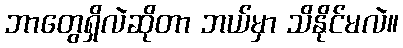
ဘာတွေရှိလဲဆိုတာ ဘယ်မှာ သိနိုင်မလဲ။